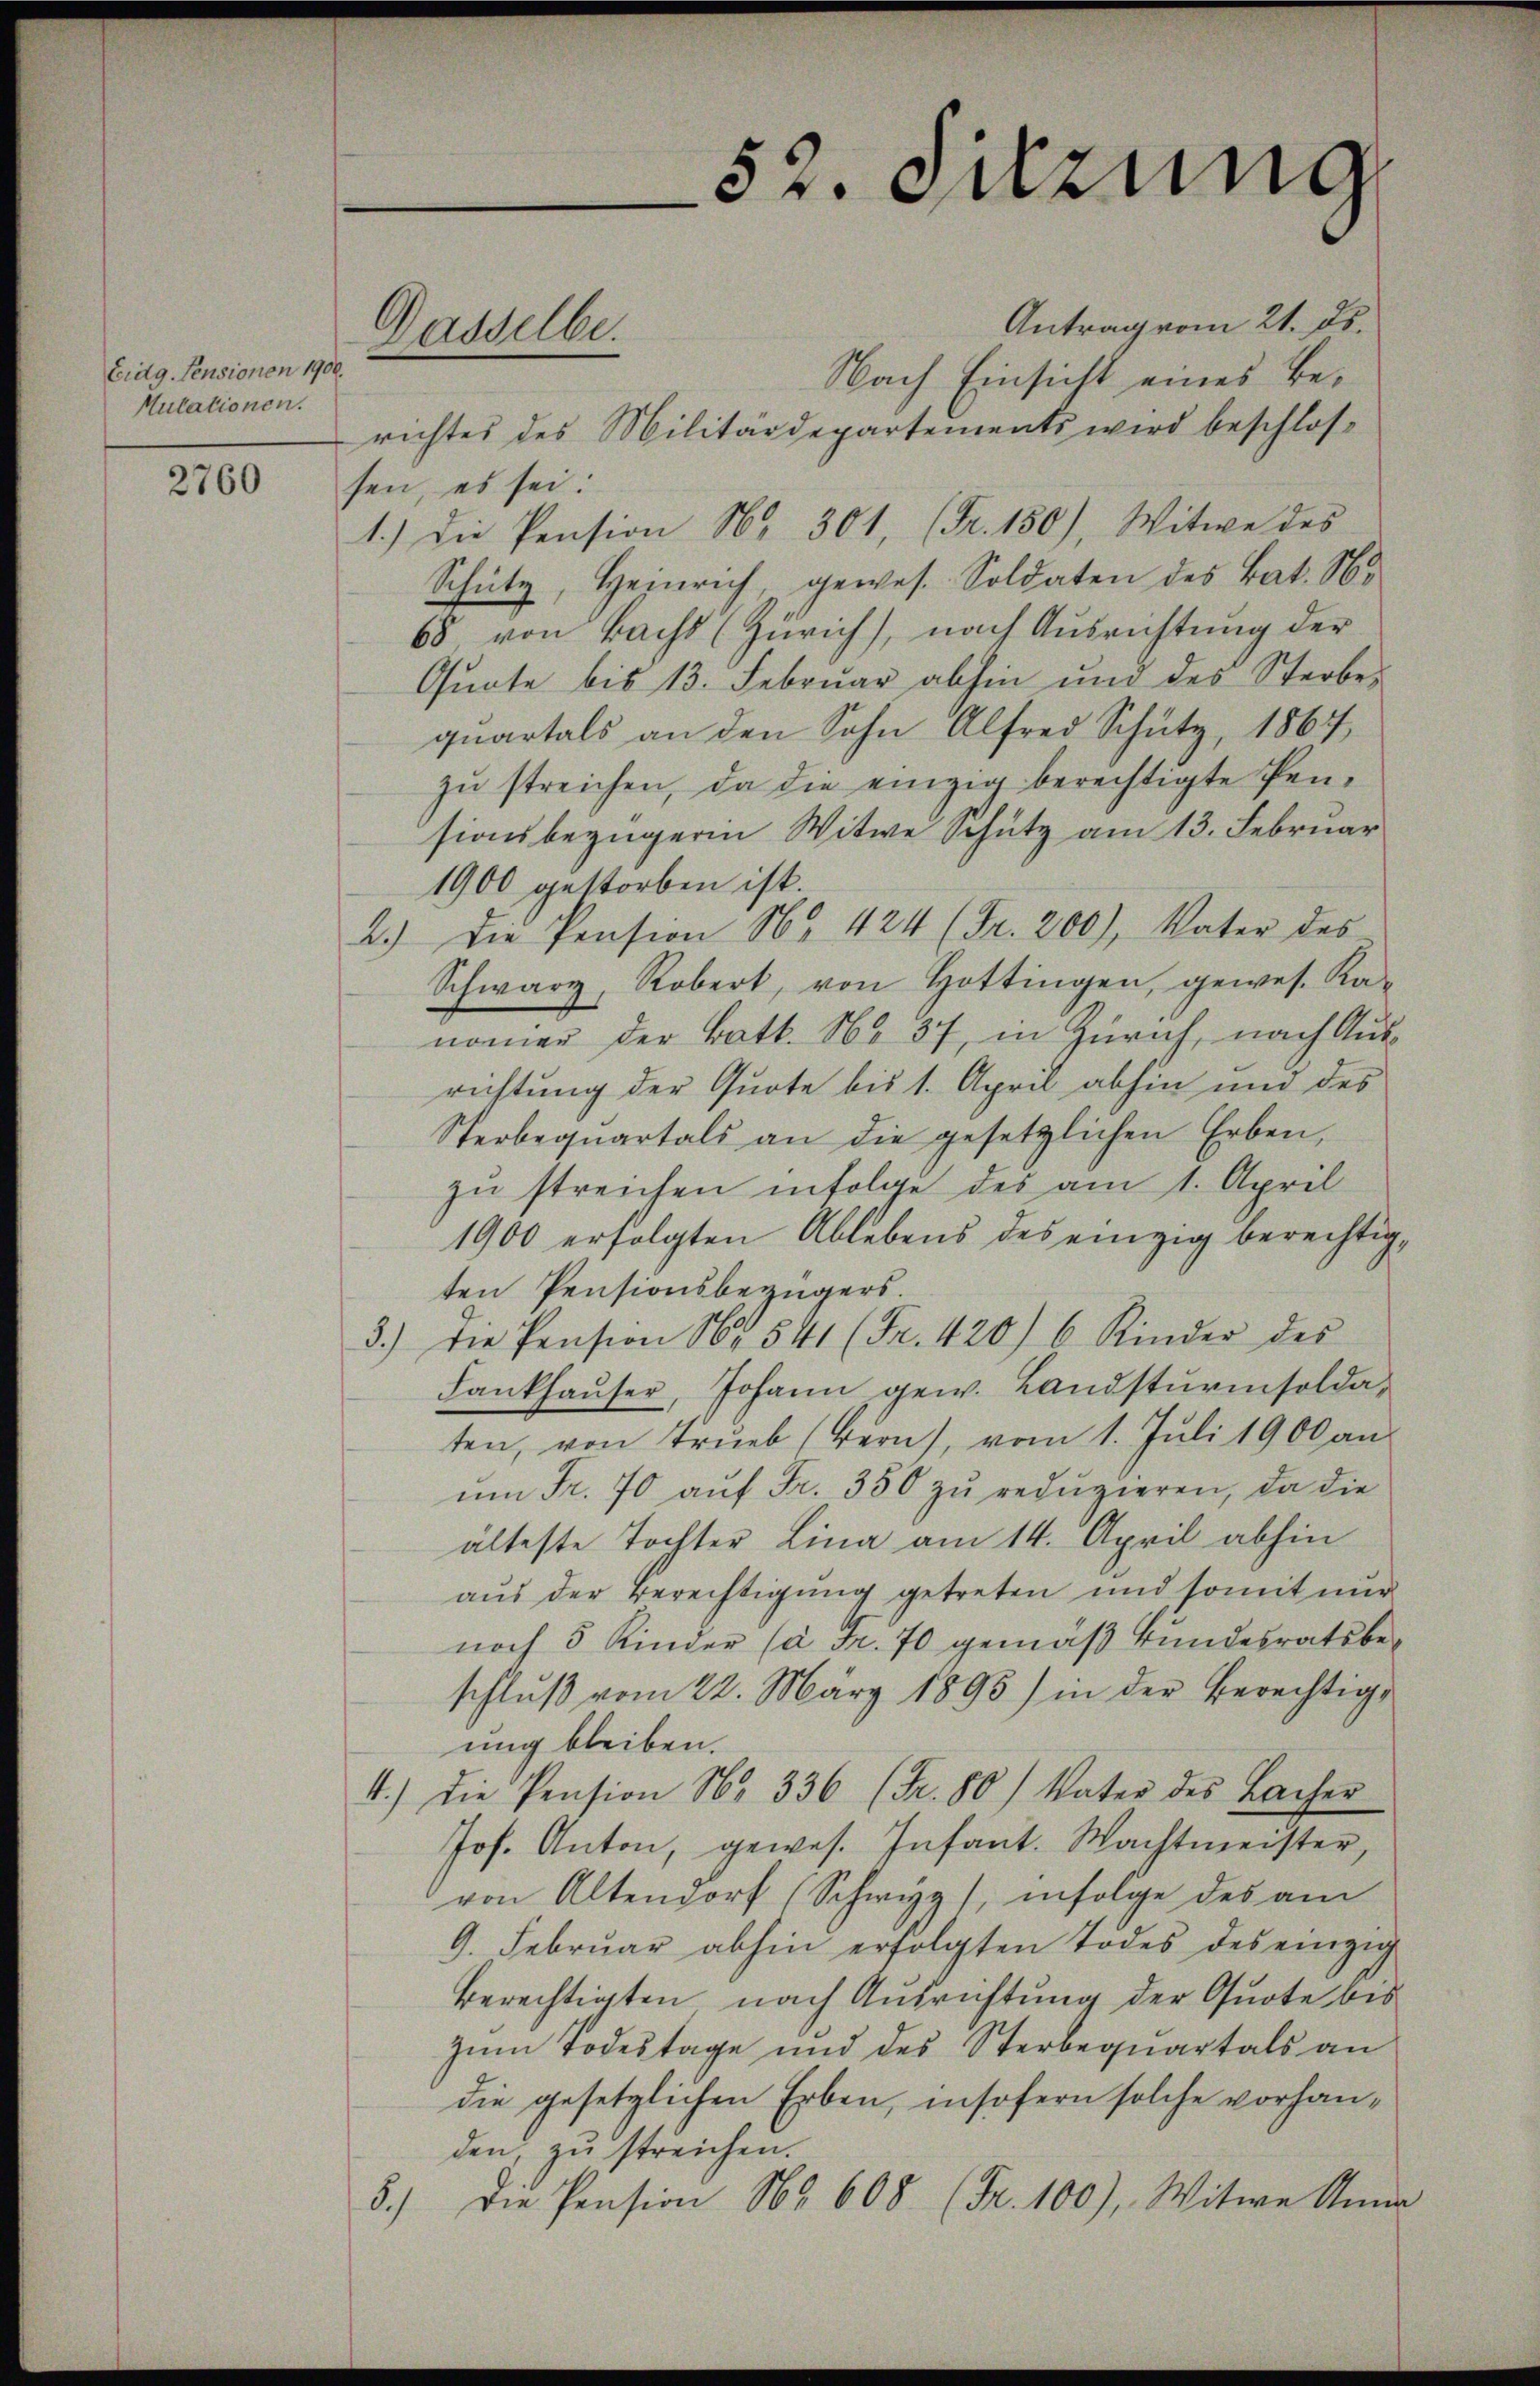
Eidg. Pensionen 1900.
Mutationen.

2760

Antrag vom 21. ds.
Nach Einsicht eines Berichtes des Militärdepartements wird beschlossen, es sei:
1.) Die Pension Nr. 301, (Fr. 150), Witwe des
Schütz, Heinrich, gewes. Soldaten des Bat. No
68 von Bachs (Zürich), nach Ausrichtung der
Quote bis 13. Februar abhin und des Sterbequartals an den Sohn Alfred Schütz, 1867
zŭ streichen, da die einzig berechtigte Pen-
sionsbezügerin Witwe Schutz am 13. Februar
1900 gestorben ist.
2.) Die Pension No 424 (Fr. 200), Vater des
Schwarz, Robert, von Hottingen, gewes. Ka-
nommen der Batt. No 37, in Zürich, nach Ausrichtung der Quote bis 1. April abhin und des
Sterbequartals an die gesetzlichen Erben,
zŭ streichen infolge des am 1. April
1900 erfolgten Ablebens des einzig berechtigten Pensionsbezügers
3.) Die Pension Nr. 541 (Fr. 420) 6 Kinder des
Lankhaŭser, Johann gew. Landsturmsoldaten, von Trieb (Bern), vom 1. Juli 1900 an
um Fr. 70 auf Fr. 350 zu reduzieren, da die
älteste Tochter Lina am 14. April abhin
aus der Berechtigung getreten und somit nur
noch 5 Kinder (à Fr. 70 gemäß Bundesratsbeschluß vom 22. März 1895) in der Berechtig-
ung bleiben.
4.) Die Pension Nr. 336 (Fr. 80) Vater des Bacher
Jos. Anton, gewes. Infant. Wachtmeister,
von Altendorf (Schwyz infolge des am
9. Febrŭar abhin erfolgten Todes des einzig
berechtigten nach Ausrichtung der Quote bis
zum Todestage und des Sterbequartals an
die gesetzlichen Erben, insofern solche vorhandenz zu streichen.
Die Pension Nr. 608 (Fr. 100), Witwe Anna
Sch

Dasselbe.

52. Sizung